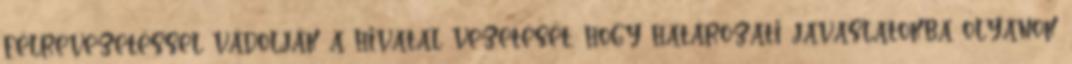
félrevezetéssel vádolják a hivatal vezetését, hogy határozati javaslatokba olyanok